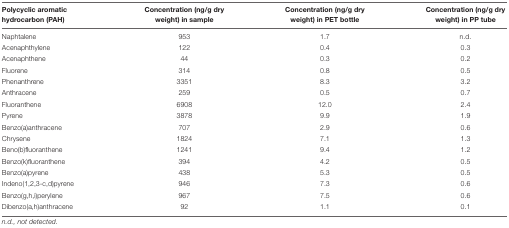
| Polycyclic aromatic hydrocarbon (PAH) | Concentration (ng/g dry weight) in sample | Concentration (ng/g dry weight) in PET bottle | Concentration (ng/g dry weight) in PP tube |
 | --- | --- | --- | --- |
 | Naphtalene | 953 | 1.7 | n.d. |
 | Acenaphthylene | 122 | 0.4 | 0.3 |
 | Acenaphthene | 44 | 0.3 | 0.2 |
 | Fluorene | 314 | 0.8 | 0.5 |
 | Phenanthrene | 3351 | 8.3 | 3.2 |
 | Anthracene | 259 | 0.5 | 0.7 |
 | Fluoranthene | 6908 | 12.0 | 2.4 |
 | Pyrene | 3878 | 9.9 | 1.9 |
 | Benzo(a)anthracene | 707 | 2.9 | 0.6 |
 | Chrysene | 1824 | 7.1 | 1.3 |
 | Beno(b)fluoranthene | 1241 | 9.4 | 1.2 |
 | Benzo(k)fluoranthene | 394 | 4.2 | 0.5 |
 | Benzo(a)pyrene | 438 | 5.3 | 0.5 |
 | Indeno(1,2,3-c,d)pyrene | 946 | 7.3 | 0.6 |
 | Benzo(g,h,i)perylene | 967 | 7.5 | 0.6 |
 | Dibenzo(a,h)anthracene | 92 | 1.1 | 0.1 |